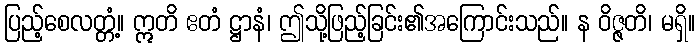
ပြည့်စေလတ္တံ့။ ဣတိ ဧတံ ဋ္ဌာနံ၊ ဤသို့ဖြည့်ခြင်း၏အကြောင်းသည်။ န ဝိဇ္ဇတိ၊ မရှိ။